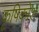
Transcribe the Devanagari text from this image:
कृषिकोश